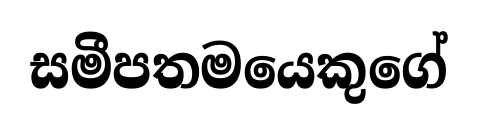
සමීපතමයෙකුගේ